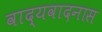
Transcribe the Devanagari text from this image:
वाद्यवादनास